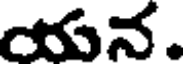
యన.